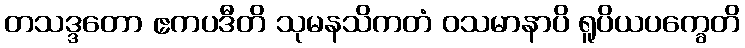
တသဒ္ဒတော ဧကပဒီတိ သုမနသိကတံ ဝသမာနာပိ ရူပိယပက္ခေတိ